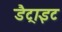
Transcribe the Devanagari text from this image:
डैट्राइट